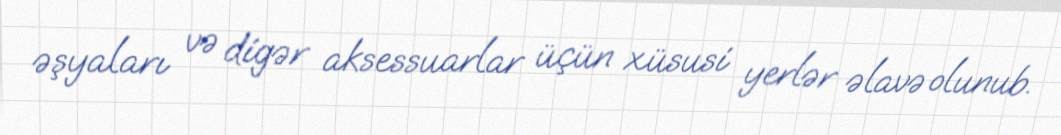
əşyaları və digər aksessuarlar üçün xüsusi yerlər əlavə olunub.